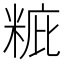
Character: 䊌